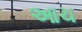
આચ